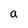
Character: a